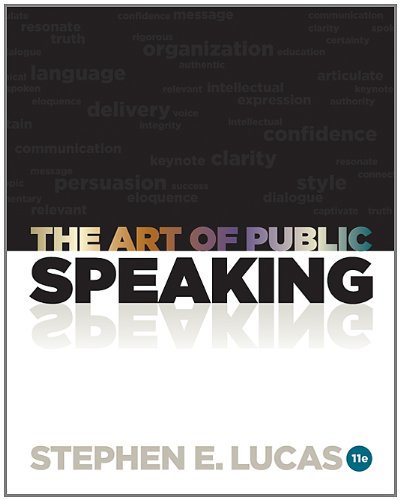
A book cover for The Art of Public Speaking, 11th Edition; Stephen Lucas; Business & Money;